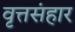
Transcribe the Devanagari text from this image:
वृत्तसंहार